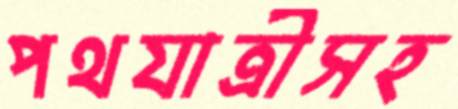
পথযাত্রীসহ